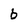
Character: b